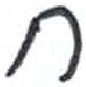
אות: ח